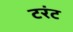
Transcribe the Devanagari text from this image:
टरंट